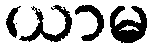
ယာမ